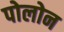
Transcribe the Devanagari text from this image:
पोलोन